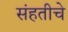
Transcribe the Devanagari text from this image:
संहतीचे